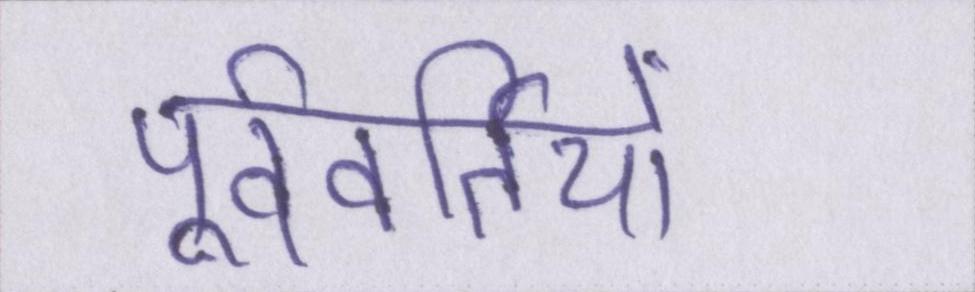
पूर्ववर्तियों